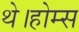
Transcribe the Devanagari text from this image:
थे।होम्स